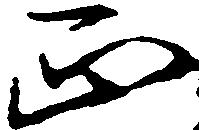
正